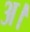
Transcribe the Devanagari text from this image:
अ।